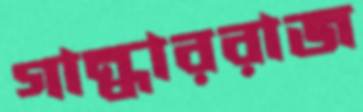
গান্ধাররাজ